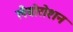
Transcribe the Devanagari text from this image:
लैबोरोशन